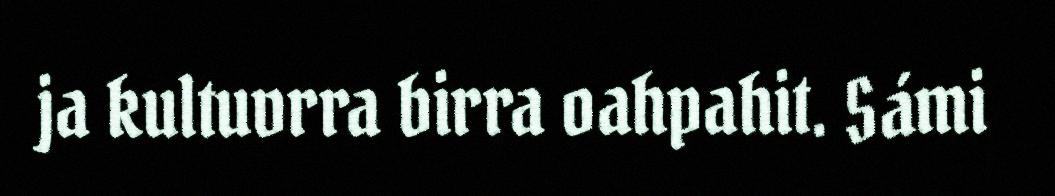
ja kultuvrra birra oahpahit. Sámi